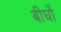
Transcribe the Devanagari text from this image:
बीघों